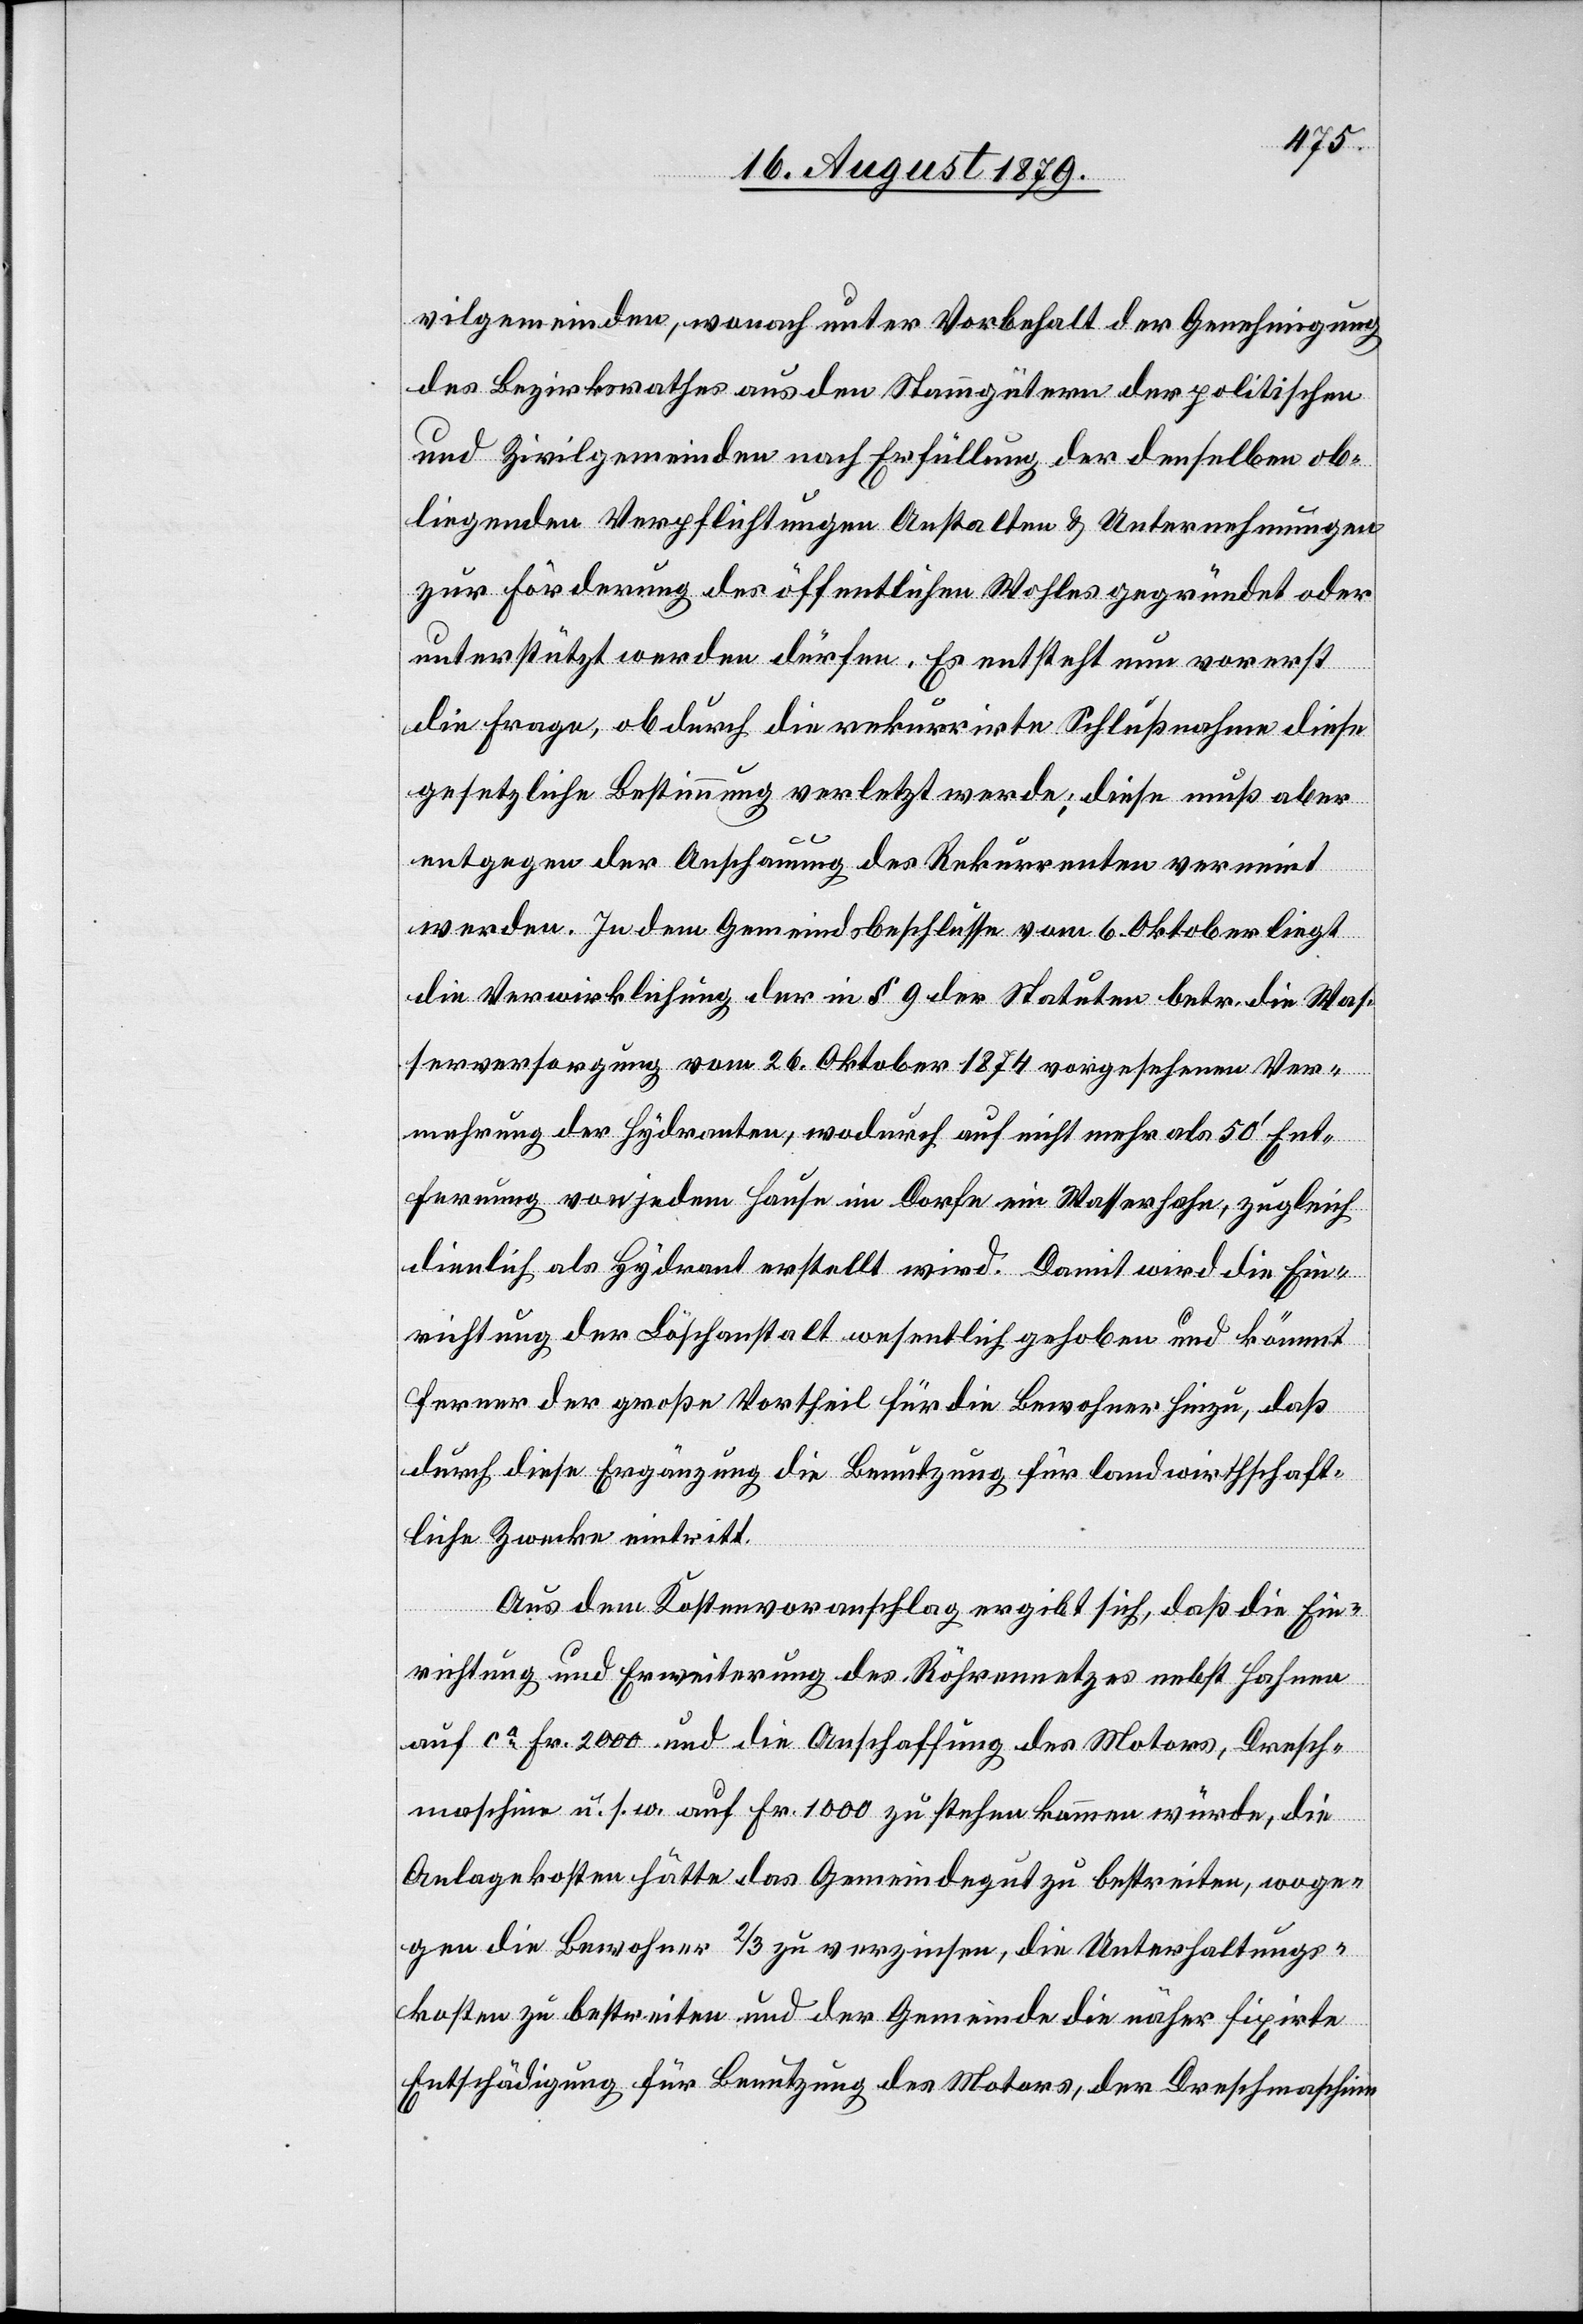
vilgemeinde, wonach unter Vorbehalt der Genehmigung
des Bezirksrathes aus den Stammgütern der politischen
und Zivilgemeinden nach Erfüllung der denselben ob¬
liegenden Verpflichtungen Anstalten & Unternehmungen
zur Förderung des öffentlichen Wohles gegründet oder
unterstützt werden dürfen. Es entsteht nun vorerst
die Frage, ob durch die rekurrirte Schlußnahme diese
gesetzliche Bestimmung verletzt werde; diese muß aber
entgegen der Anschauung des Rekurrenten verneint
werden. In dem Gemeindebeschlusse vom 6. Oktober liegt
die Verwirklichung der in § 9 der Statuten betr. die Was¬
serversorgung vom 26. Oktober 1874 vorgesehene Ver¬
mehrung der Hydranten, wodurch auch nicht mehr als 50’ Ent¬
fernung von jedem Hause im Dorfe ein Wasserhahn, zugleich
dienlich als Hydrant erstellt wird. Damit wird die Ein¬
richtung der Löschanstalt wesentlich gehoben und kömmt
ferner der große Vortheil für die Bewohner hinzu, daß
durch diese Ergänzung die Benutzung für landwirthschaft¬
liche Zwecke eintritt.
Aus dem Kostenvoranschlag ergibt sich, daß die Ein¬
richtung und Erweiterung des Röhrennetzes nebst Hahnen
auf ca Fr. 2000 und die Anschaffung des Motors, Dreh¬
maschine u. s. w. auf Fr. 1000 zu stehen kommen würde, die
Anlagekosten hätte das Gemeindegut zu bestreiten, woge¬
gen die Bewohner 2/3 zu verzinsen, die Unterhaltungs¬
kosten zu bestreiten und der Gemeinde die näher fixirte
Entschädigung für Benutzung des Motors, der Drehmaschine